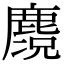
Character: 𪋃